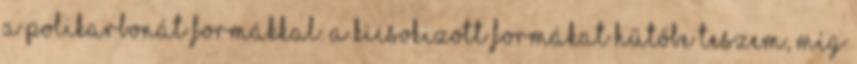
a polikarbonát formákkal. A kicsokizott formákat hűtőbe teszem, míg